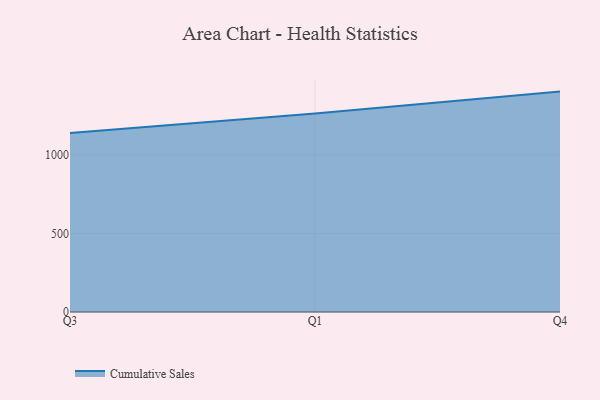
{"axis": {"x": "Quarter", "y": "Budget (USD K)"}, "legend": ["Cumulative Sales"], "data": [{"x": "Q3", "y": 1141.2, "type": "Cumulative Sales"}, {"x": "Q1", "y": 1265.5, "type": "Cumulative Sales"}, {"x": "Q4", "y": 1404.4, "type": "Cumulative Sales"}]}